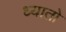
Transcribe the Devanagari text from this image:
ध्यातो